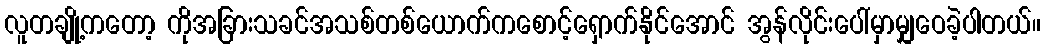
လူတချို့ကတော့ ကိုအခြားသခင်အသစ်တစ်ယောက်ကစောင့်ရှောက်နိုင်အောင် အွန်လိုင်းပေါ်မှာမျှဝေခဲ့ပါတယ်။